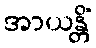
အာယန္တိံ